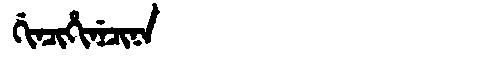
Manchu: ᡤᡳᠨᠴᡳᡥᡳᠨᡝᠴᡳᠨᠠ
Romanization: GINCIHINECINA